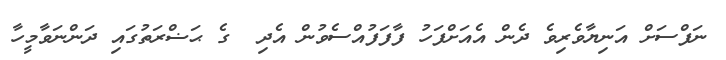
ނަފްސަށް އަނިޔާވެރިވެ ދެން އެއަށްފަހު ފާފަފުއްސެވުން އެދި  ގެ ޙަޟްރަތުގައި ދަންނަވާމީހާ